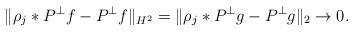
\begin{align*}\|\rho_j * P^\perp f - P^\perp f\|_{H^2} = \| \rho_j * P^\perp g - P^\perp g\|_2 \to 0.\end{align*}